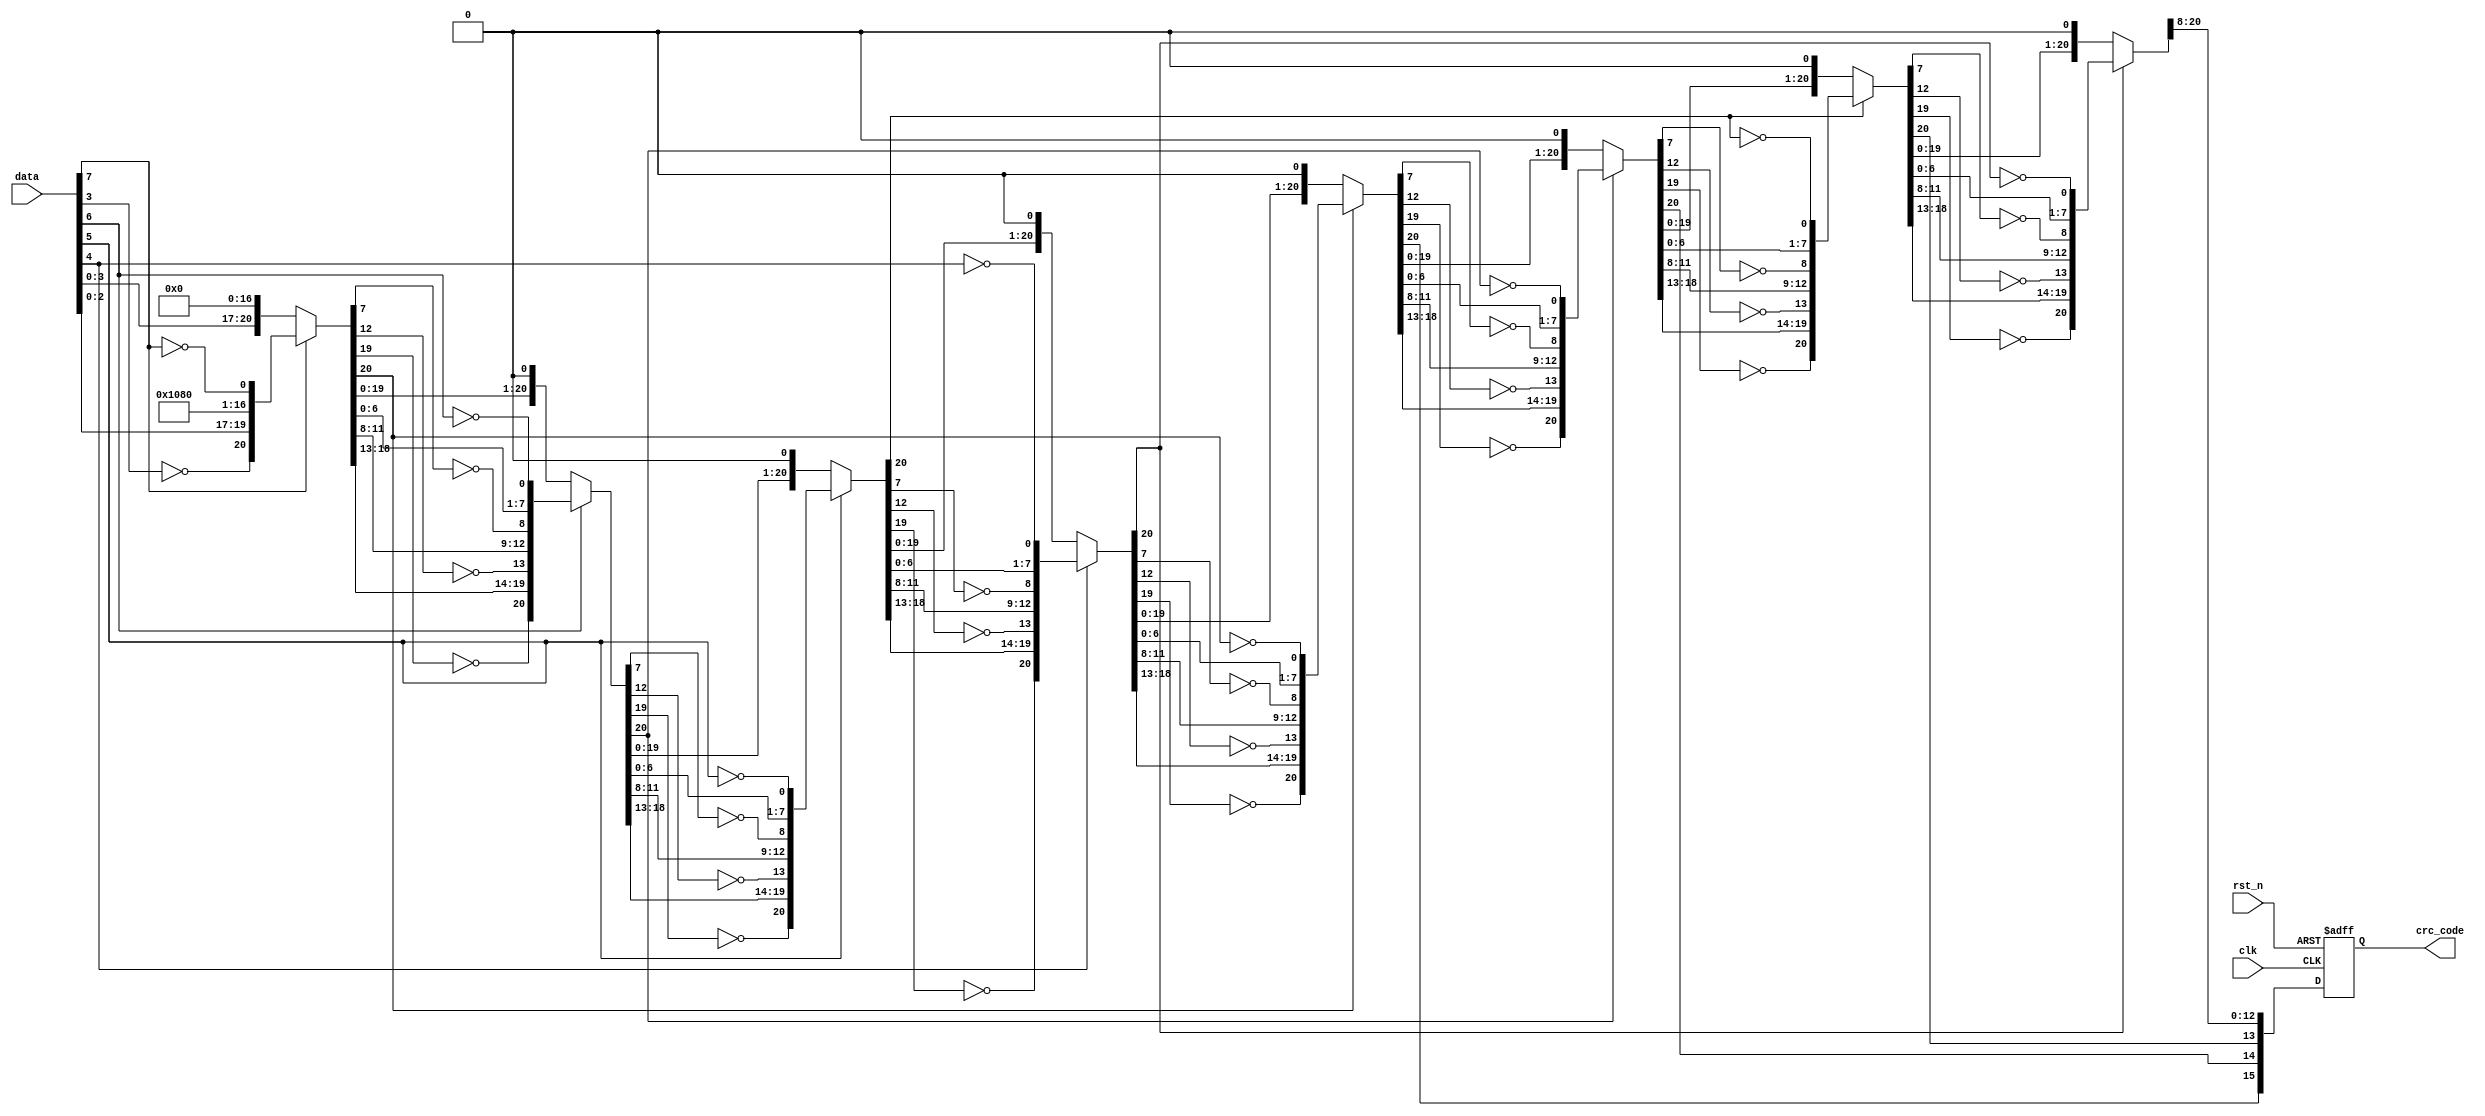
// Data: 8 bits
// Polynomial: X^16+X^12+X^5+1
// Data transfer code: {data, 0000 0000 0000 0000}

module crc16 (

input clk, rst_n,
input [7:0] data,
output reg [15:0] crc_code

);

reg [23:0] temp;

always @(posedge clk, negedge rst_n)
begin
if (!rst_n)
crc_code <= 16'd0;
else
crc_code <= temp[23:8];
end

always @(data, rst_n, temp)
begin : crc_reg

integer i;

temp = {data, {16{1'b0}}};

for (i=0; i<8; i=i+1)
begin
     if (temp[23])
			temp = {temp[22:20], temp[19]^1'b1, temp[18:13], temp[12]^1'b1, temp[11:8], temp[7]^1'b1, temp[6:0], temp[23]^1'b1};
     else
			temp = {temp[22:0], temp[23]};
end
end

endmodule